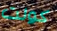
كولت